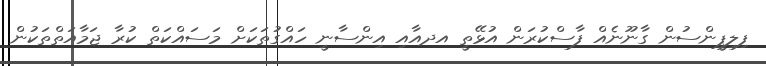
ފިލިޕީންސުން ގާނޫނެއް ފާސްކުރަން އުޅޭތީ އދއާއި އިންސާނީ ހައްގުތަކަށް މަސައްކަތް ކުރާ ޖަމާއަތްތަކުން